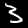
Label: 3